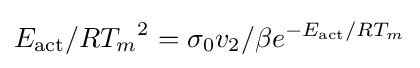
E_{\text{act}}/{RT_{m}}^{2}=\sigma _{0}v_{2}/\beta e^{-E_{\mathrm {act} }/RT_{m}}